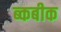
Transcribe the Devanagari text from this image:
ब्कबीक